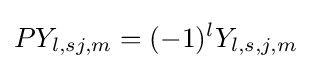
PY_{l,sj,m}=(-1)^{l}Y_{l,s,j,m}